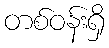
တစ်ဝန်းရှိ